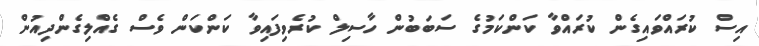
އިސް ކުރައްވައިގެން ކުރައްވާ ކަންކަމުގެ ސަބަބުން ހާސިލް ކުރެވިފައިވާ ކަންކަން ވެސް ގެއްލިގެންދިއުން